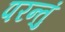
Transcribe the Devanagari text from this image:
परन्तुं